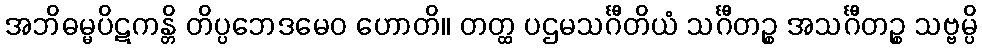
အဘိဓမ္မပိဋကန္တိ တိပ္ပဘေဒမေဝ ဟောတိ။ တတ္ထ ပဌမသင်္ဂီတိယံ သင်္ဂီတဉ္စ အသင်္ဂီတဉ္စ သဗ္ဗမ္ပိ